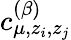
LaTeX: c_{\mu,z_{i},z_{j}}^{(\beta)}